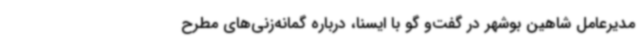
مدیرعامل شاهین بوشهر در گفت‌و گو با ایسنا، درباره گمانه‌زنی‌های مطرح